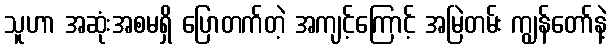
သူဟာ အဆုံးအစမရှိ ပြောတက်တဲ့ အကျင့်ကြောင့် အမြဲတမ်း ကျွန်တော်နဲ့